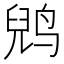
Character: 𱊈